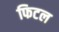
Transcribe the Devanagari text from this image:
फिटल